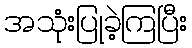
အသုံးပြုခဲ့ကြပြီး